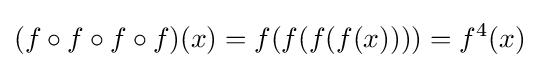
(f\circ f\circ f\circ f)(x)=f(f(f(f(x))))=f^{4}(x)